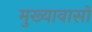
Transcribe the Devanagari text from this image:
मुख्यावासों